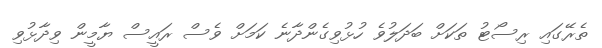
ތެރޭގައި ރިސޯޓު ތަކަށް ބަދަލުވެ ހުޅުވިގެންދާނެ ކަމަށް ވެސް ރައީސް ޔާމީން ވިދާޅުވި